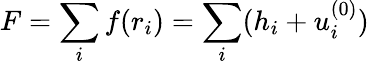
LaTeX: F=\sum_{i}f(r_{i})=\sum_{i}(h_{i}+u_{i}^{(0)})